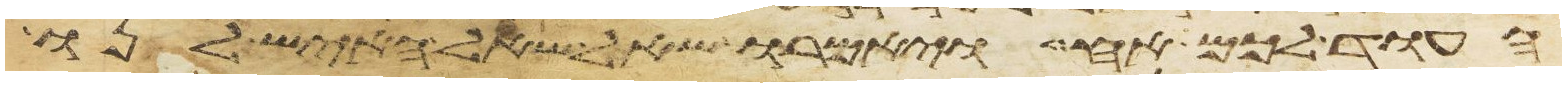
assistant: העוד לכם אח ויאמרו שאל שאל האיש לנו